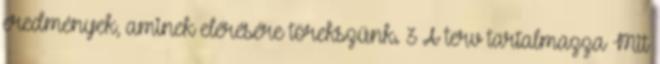
eredmények, aminek elérésére törekszünk. 3 A terv tartalmazza Mit